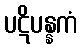
ပဋိပန္နကံ